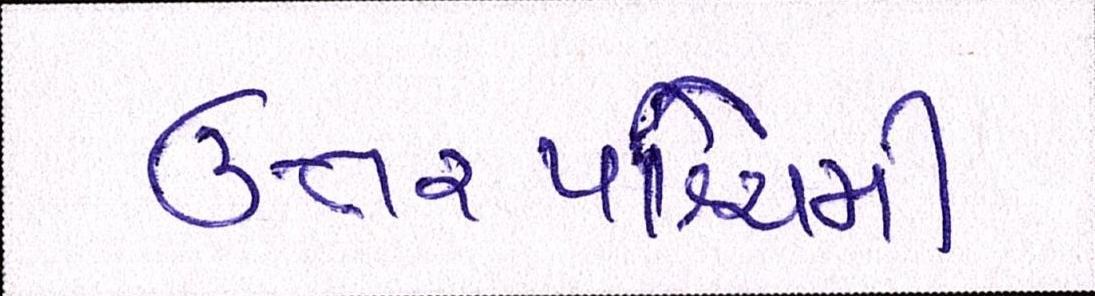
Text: ઉત્તરપશ્ચિમી